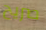
صريح